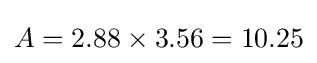
A=2.88\times 3.56=10.25